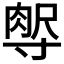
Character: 𡬻